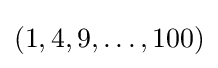
(1,4,9,\ldots ,100)